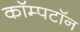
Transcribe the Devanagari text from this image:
कॉम्पटॉन